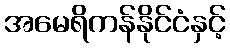
အမေရိကန်နိုင်ငံနှင့်